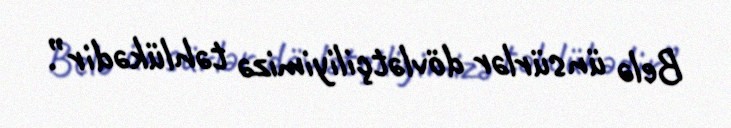
Belə ünsürlər dövlətçiliyimizə təhlükədir”.